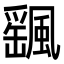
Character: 颻